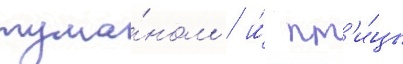
тума́ном / и́ пт'и́цы